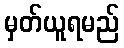
မှတ်ယူရမည်